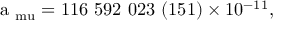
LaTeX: \mathrm { a _ { \ m u } = 1 1 6 ~ 5 9 2 ~ 0 2 3 ~ ( 1 5 1 ) \times 1 0 ^ { - 1 1 } } ,